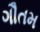
ગૌતમ